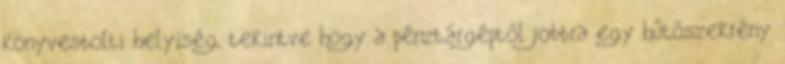
könyvesbolti helyiség, tekintve hogy a pénztárgéptől jobbra egy hűtőszekrény